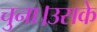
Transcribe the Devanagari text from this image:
चुना।उसके